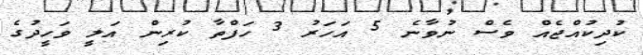
ކުދިކުއްޖެއް ވެސް ނުވާނެ 5 އަހަރު 3 ހަފްތާ ކުރިން އަލީ ވަހީދުގެ